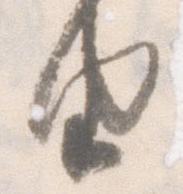
由